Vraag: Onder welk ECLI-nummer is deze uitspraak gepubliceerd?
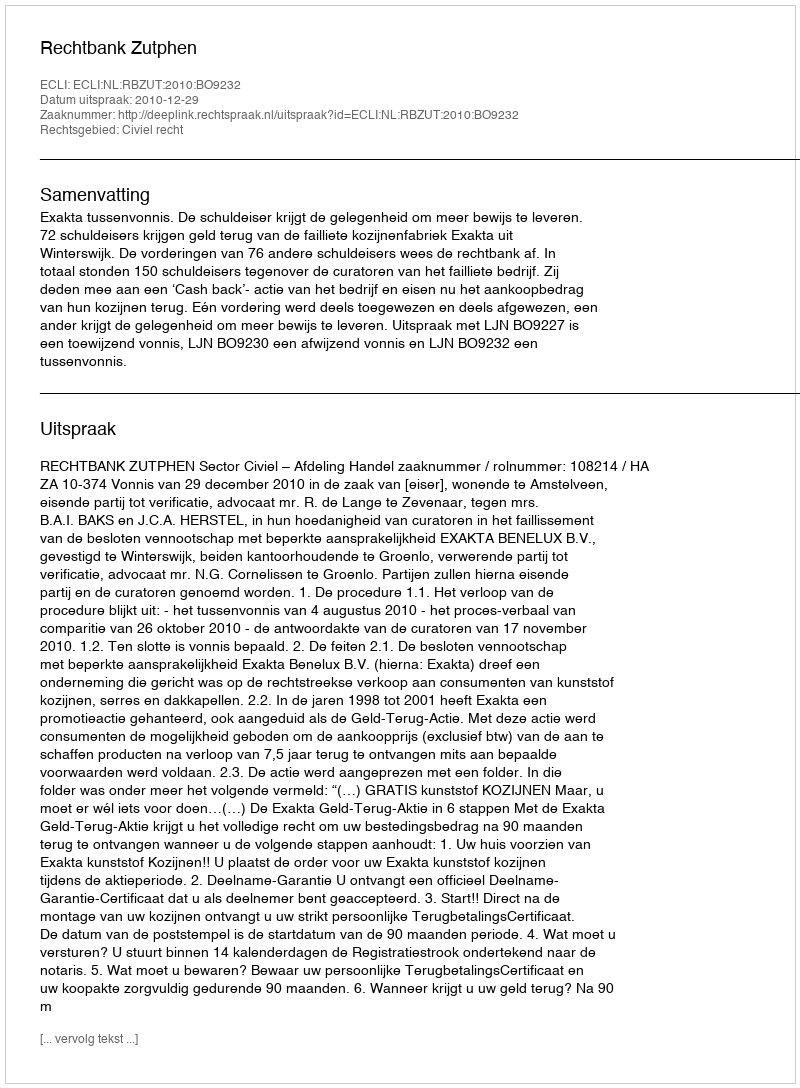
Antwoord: ECLI:NL:RBZUT:2010:BO9232